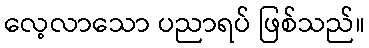
လေ့လာသော ပညာရပ် ဖြစ်သည်။